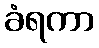
ခံရကာ